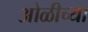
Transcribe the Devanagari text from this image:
ओळीच्या